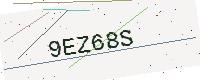
Text: 9EZ68S